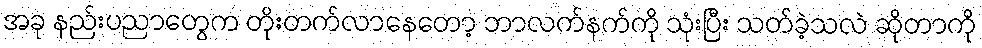
အခု နည်းပညာတွေက တိုးတက်လာနေတော့ ဘာလက်နက်ကို သုံးပြီး သတ်ခဲ့သလဲ ဆိုတာကို